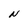
Character: N